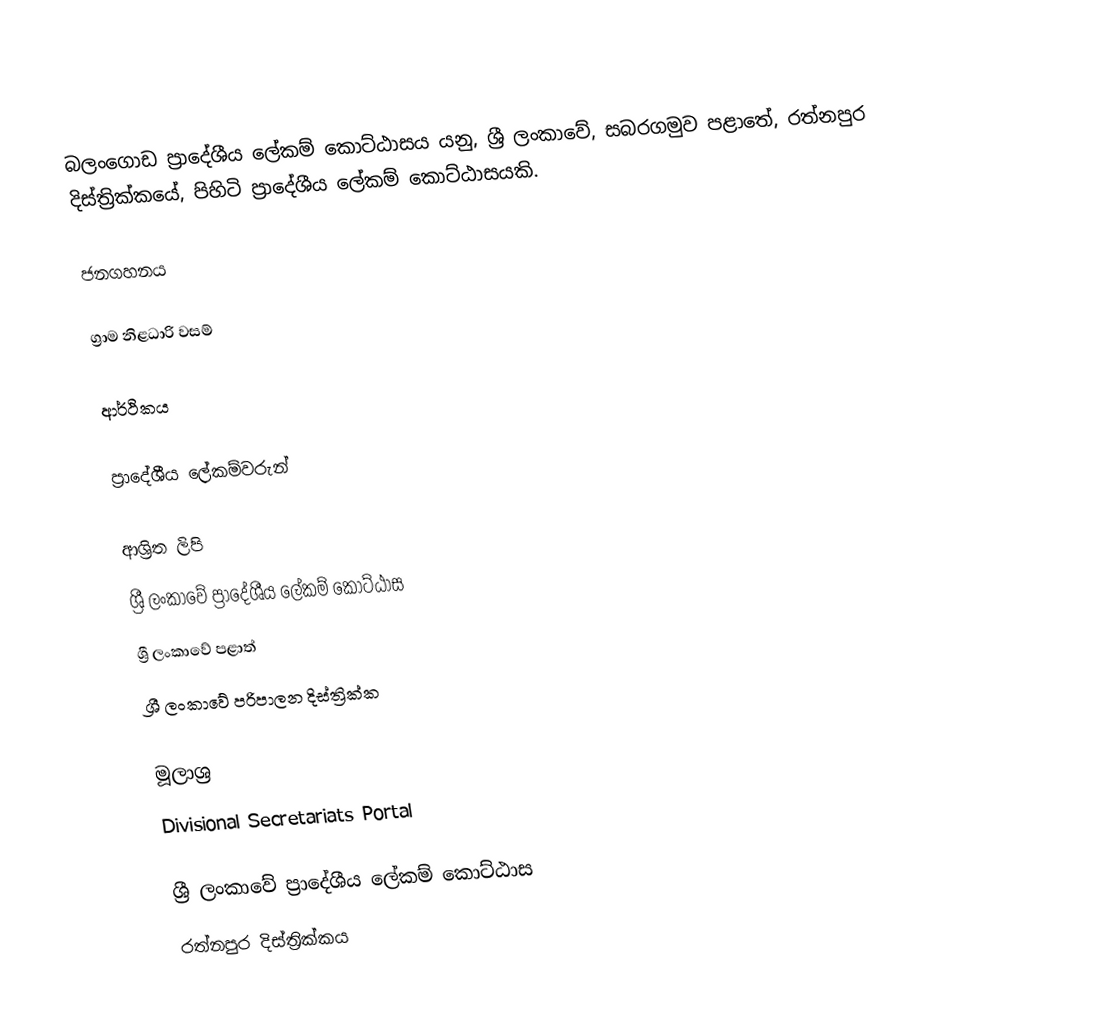
බලංගොඩ ප්‍රාදේශීය ලේකම් කොට්ඨාසය යනු,  ශ්‍රී ලංකාවේ, සබරගමුව පළාතේ,   රත්නපුර දිස්ත්‍රික්කයේ, පිහිටි ප්‍රාදේශීය ලේකම් කොට්ඨාසයකි.

ජනගහනය

ග්‍රාම නිළධාරි වසම්

ආර්ථිකය

ප්‍රාදේශීය ලේකම්වරුන්

ආශ්‍රිත ලිපි
ශ්‍රී ලංකාවේ ප්‍රාදේශීය ලේකම් කොට්ඨාස
ශ්‍රී ලංකාවේ පළාත්
ශ්‍රී ලංකාවේ පරිපාලන දිස්ත්‍රික්ක

මූලාශ්‍ර
 Divisional Secretariats Portal

ශ්‍රී ලංකාවේ ප්‍රාදේශීය ලේකම් කොට්ඨාස
රත්නපුර  දිස්ත්‍රික්කය